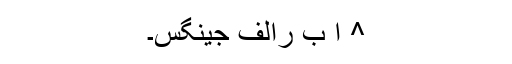
^ ا ب رالف جینگس۔